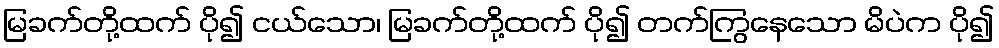
မြခက်တို့ထက် ပို၍ ငယ်သော၊ မြခက်တို့ထက် ပို၍ တက်ကြွနေသော မိပဲက ပို၍